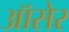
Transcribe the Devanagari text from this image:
ऑसेर